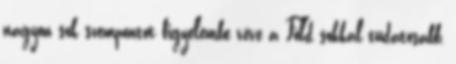
nagyon sok szempontot figyelembe véve a Föld sokkal tudatosabb,